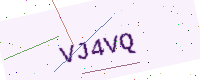
Text: VJ4VQ